Indian journal of veterinary science and animal husbandry - Volumes 22-23, 1952-1953
Year: 1952
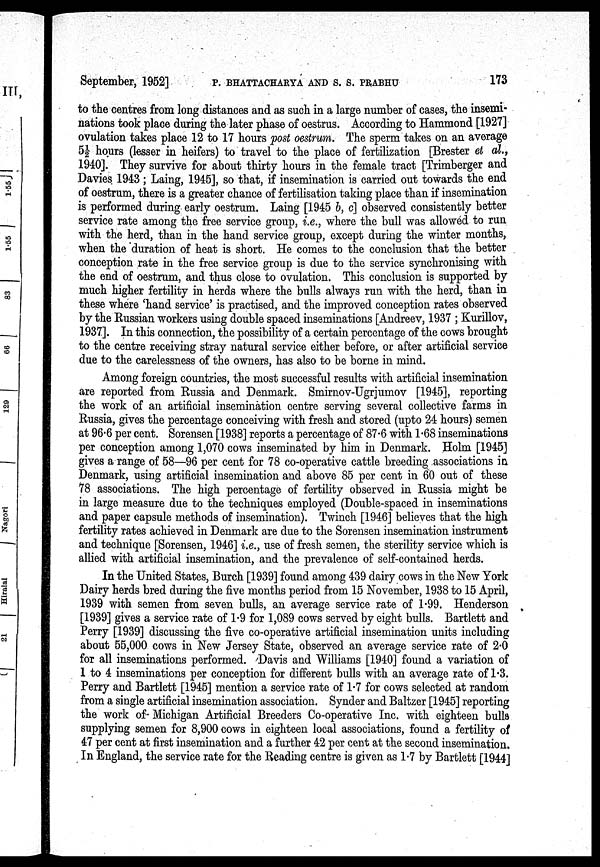
September, 1952] P. BHATTACHARYA AND S. S. PRABHU 173
to the centres from long distances and as such in a large number of cases, the insemi-
nations took place during the later phase of oestrus. According to Hammond [1927]
ovulation takes place 12 to 17 hours post oestrum. The sperm takes on an average
5½ hours (lesser in heifers) to travel to the place of fertilization [Brester et al.,
1940]. They survive for about thirty hours in the female tract [Trimberger and
Davies 1943; Laing, 1945], so that, if insemination is carried out towards the end
of oestrum, there is a greater chance of fertilisation taking place than if insemination
is performed during early oestrum. Laing [1945 b, c] observed consistently better
service rate among the free service group, i.e., where the bull was allowed to run
with the herd, than in the hand service group, except during the winter months,
when the duration of heat is short. He comes to the conclusion that the better
conception rate in the free service group is due to the service synchronising with
the end of oestrum, and thus close to ovulation. This conclusion is supported by
much higher fertility in herds where the bulls always run with the herd, than in
these where 'hand service' is practised, and the improved conception rates observed
by the Russian workers using double spaced inseminations [Andreev, 1937 ; Kurillov,
1937]. In this connection, the possibility of a certain percentage of the cows brought
to the centre receiving stray natural service either before, or after artificial service
due to the carelessness of the owners, has also to be borne in mind.
Among foreign countries, the most successful results with artificial insemination
are reported from Russia and Denmark. Smirnov-Ugrjumov [1945], reporting
the work of an artificial insemination centre serving several collective farms in
Russia, gives the percentage conceiving with fresh and stored (upto 24 hours) semen
at 96.6 per cent. Sorensen [1938] reports a percentage of 87.6 with 1.68 inseminations
per conception among 1,070 cows inseminated by him in Denmark. Holm [1945]
gives a range of 58—96 per cent for 78 co-operative cattle breeding associations in
Denmark, using artificial insemination and above 85 per cent in 60 out of these
78 associations. The high percentage of fertility observed in Russia might be
in large measure due to the techniques employed (Double-spaced in inseminations
and paper capsule methods of insemination). Twinch [1946] believes that the high
fertility rates achieved in Denmark are due to the Sorensen insemination instrument
and technique [Sorensen, 1946] i.e., use of fresh semen, the sterility service which is
allied with artificial insemination, and the prevalence of self-contained herds.
In the United States, Burch [1939] found among 439 dairy cows in the New York
Dairy herds bred during the five months period from 15 November, 1938 to 15 April,
1939 with semen from seven bulls, an average service rate of 1.99. Henderson
[1939] gives a service rate of 1.9 for 1,089 cows served by eight bulls. Bartlett and
Perry [1939] discussing the five co-operative artificial insemination units including
about 55,000 cows in New Jersey State, observed an average service rate of 2.0
for all inseminations performed. Davis and Williams [1940] found a variation of
1 to 4 inseminations per conception for different bulls with an average rate of 1.3.
Perry and Bartlett [1945] mention a service rate of 1.7 for cows selected at random
from a single artificial insemination association. Synder and Baltzer [1945] reporting
the work of Michigan Artificial Breeders Co-operative Inc. with eighteen bulls
supplying semen for 8,900 cows in eighteen local associations, found a fertility of
47 per cent at first insemination and a further 42 per cent at the second insemination.
In England, the service rate for the Reading centre is given as 1.7 by Bartlett [1944]